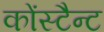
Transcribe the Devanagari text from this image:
कोंस्टैन्ट